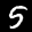
Label: 5